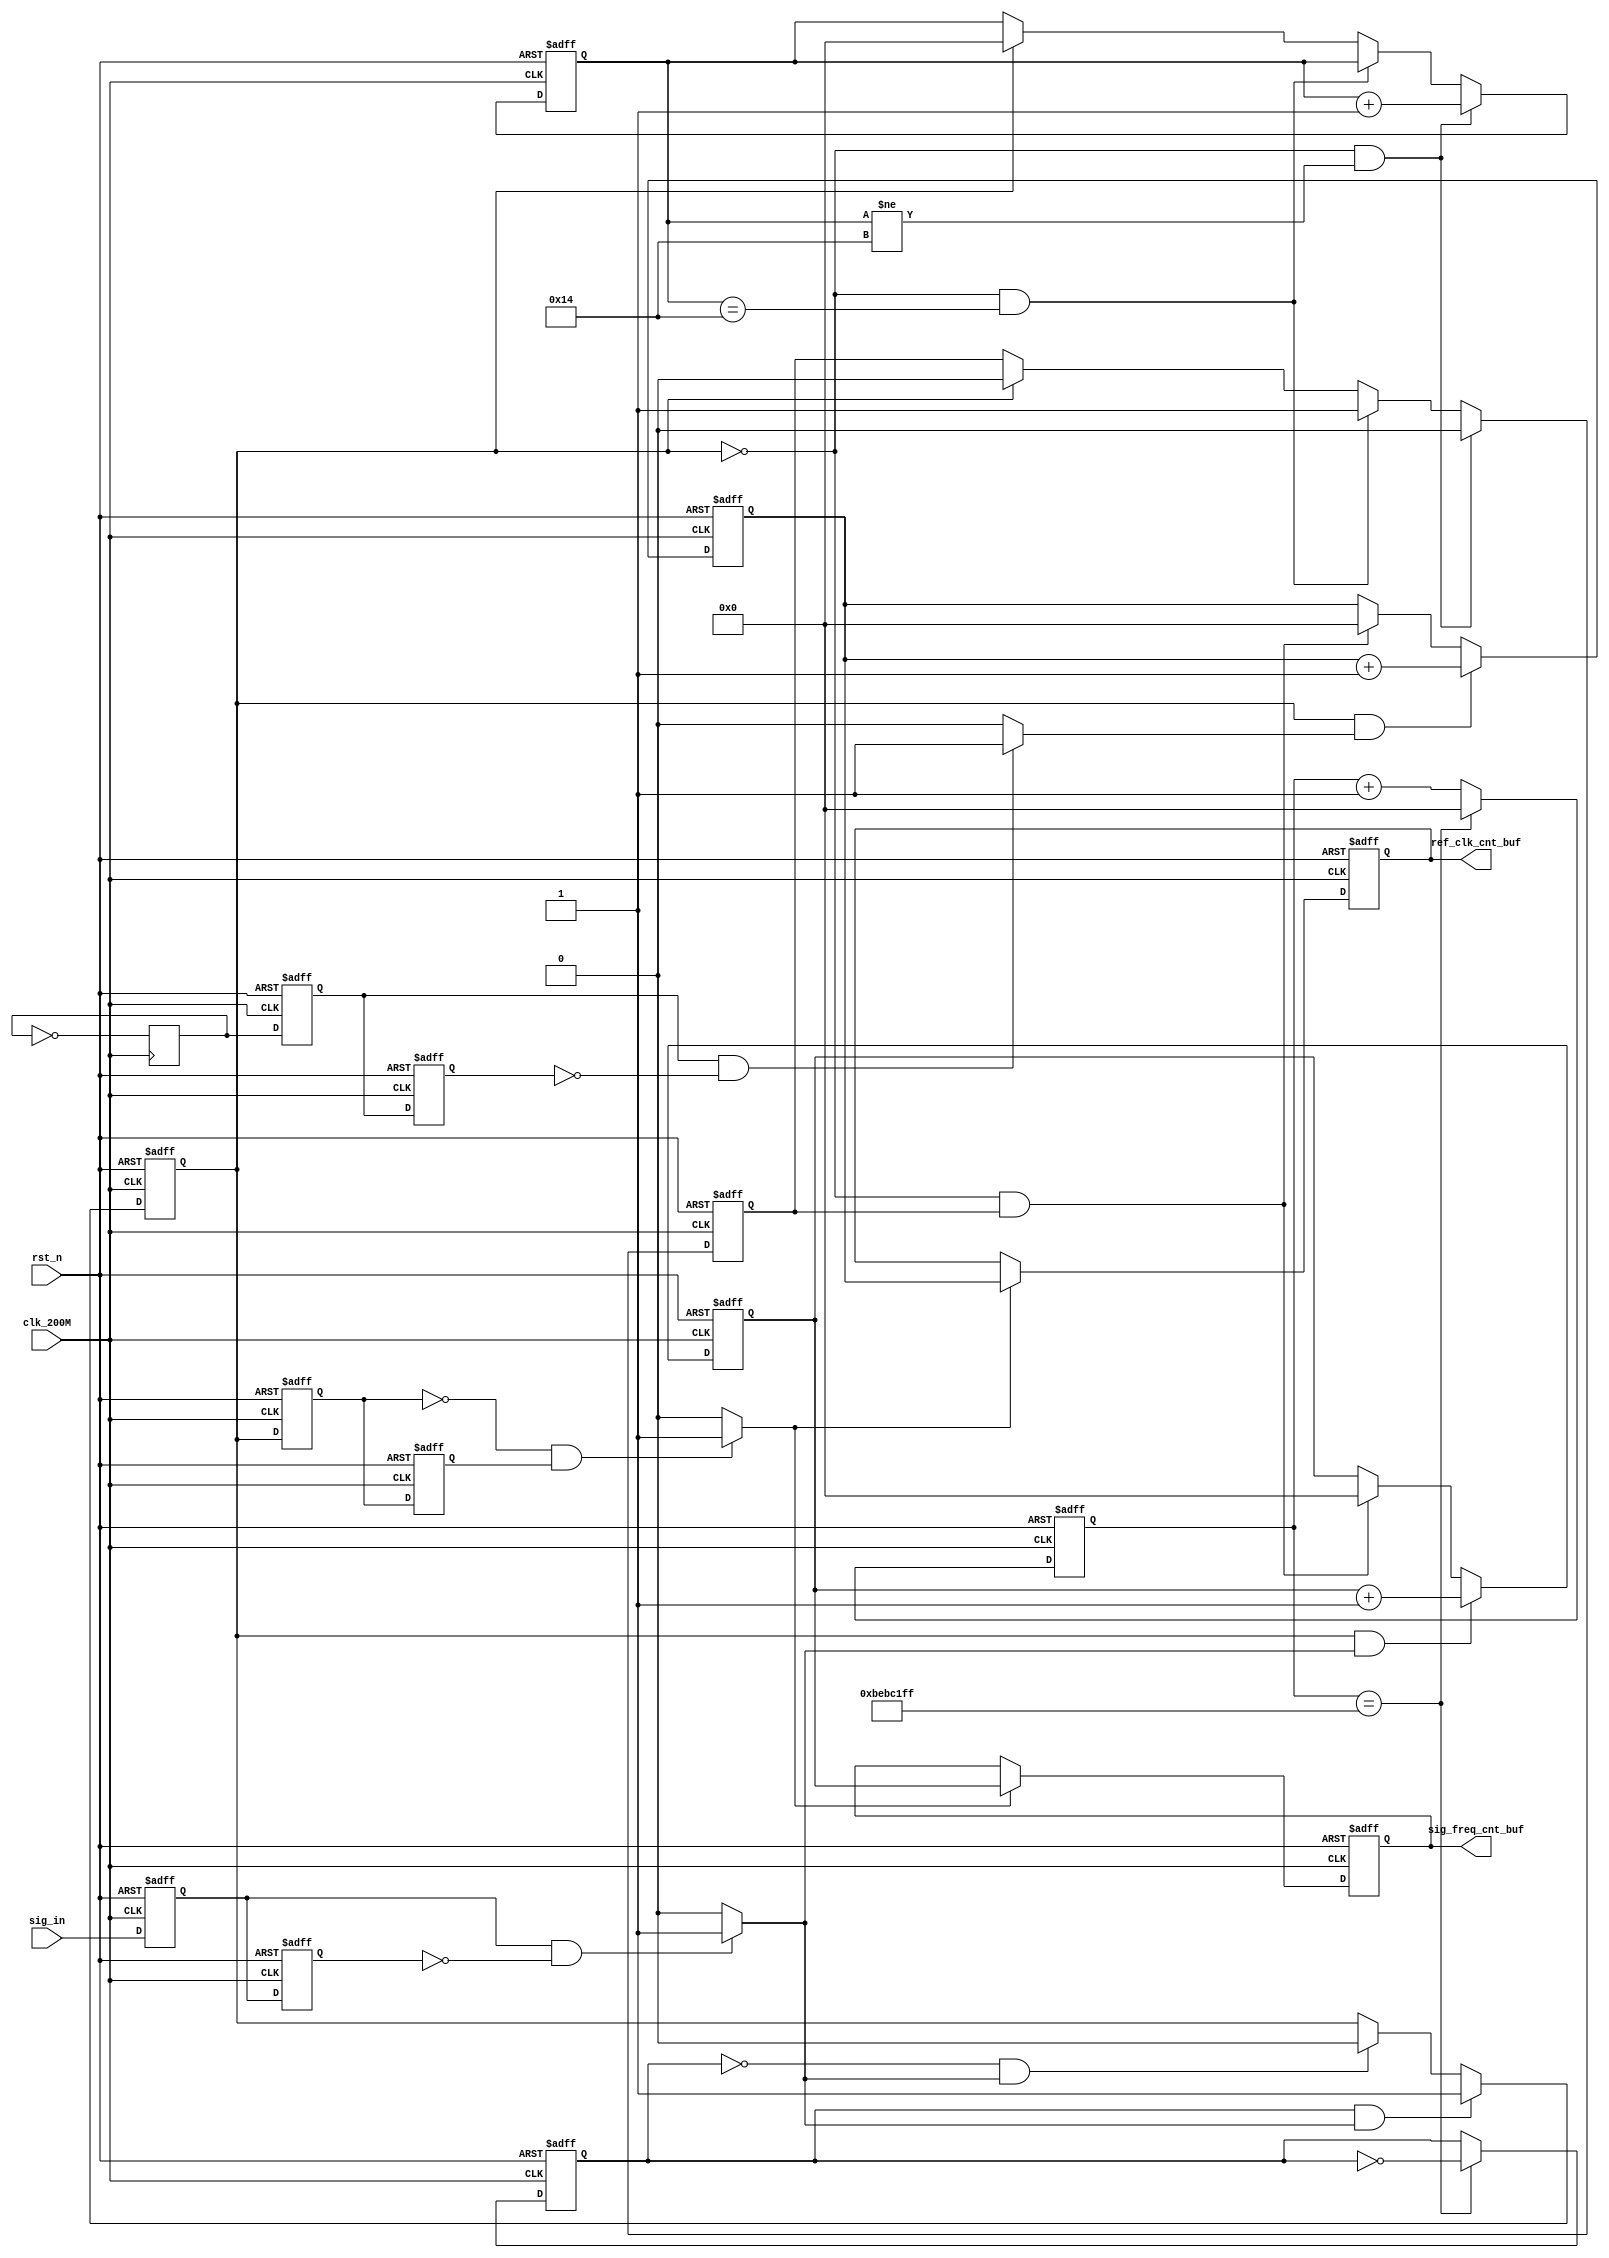
`timescale 1ns / 1ps
//////////////////////////////////////////////////////////////////////////////////
// Company: 
// Engineer: 
// 
// Design Name: 
// Module Name: FREQ_counter
// Project Name: 
// Target Devices: 
// Tool Versions: 
// Description: 
// 
// Dependencies: 
// 
// Revision:
// Revision 0.01 - File Created
// Additional Comments:
// 
//////////////////////////////////////////////////////////////////////////////////


module FREQ_measure(
    input wire clk_200M,          // -- clk_200M = 200MHz
    input wire rst_n,
    input wire sig_in,
    output reg [31:0] sig_freq_cnt_buf,
    output reg [31:0] ref_clk_cnt_buf
    );
    
    parameter max_ref_gate_cnt = 199_999_999;
    parameter max_ref_clk_100MHz_cnt = 0;
    
    reg [31:0] ref_gate_cnt;
    reg [31:0] sig_freq_cnt;
    
    reg sig_in_pos_detect_r0;
    reg sig_in_pos_detect_r1;
    wire sig_in_pos_detect;
    wire sig_in_neg_detect;
    
    reg ref_gate;
    reg ref_gate_pos_detect_r0;
    reg ref_gate_pos_detect_r1;
    wire ref_gate_pos_detect;
    wire ref_gate_neg_detect;
    
    reg real_gate;
    reg real_gate_pos_detect_r0;
    reg real_gate_pos_detect_r1;
    wire real_gate_neg_detect;
    
//    wire clk_200M;
    reg ref_clk_100MHz;
    reg [31:0] ref_clk_100MHz_cnt;
    reg ref_clk_100MHz_pos_detect_r0;
    reg ref_clk_100MHz_pos_detect_r1;
    wire ref_clk_100MHz_pos_detect;
    
    reg [31:0] ref_clk_cnt;
    
    reg buffer_done;
    reg [31:0] buffer_done_cnt;
    
    
    initial begin
        sig_freq_cnt <= 32'd0;
        sig_freq_cnt_buf <= 32'd0;
        
        ref_clk_100MHz <= 1'b0;
        ref_clk_100MHz_cnt <= 32'd0;
        
        ref_clk_cnt <= 32'd0;
        ref_clk_cnt_buf <= 32'd0;
        
        ref_gate <= 1'b0;
        ref_gate_cnt <= 32'd0;
        ref_gate_pos_detect_r0 <= 1'b0;
        ref_gate_pos_detect_r1 <= 1'b0;
        
        real_gate <= 1'b0;
        real_gate_pos_detect_r0 <= 1'b0;
        real_gate_pos_detect_r1 <= 1'b0;
        
        sig_in_pos_detect_r0 <= 1'b0;
        sig_in_pos_detect_r1 <= 1'b0;
        
        buffer_done <= 1'b0;
        buffer_done_cnt <= 32'd0;
    end
    
    // -- ref gate 0.5Hz clock generator
    always @ (posedge clk_200M or negedge rst_n) begin
        if (!rst_n) begin
            ref_gate <= 1'b0;
            ref_gate_cnt <= 32'd0;
        end
        else if (ref_gate_cnt == max_ref_gate_cnt) begin
            ref_gate <= ~ ref_gate;
            ref_gate_cnt <= 32'd0;
        end
        else ref_gate_cnt <= ref_gate_cnt + 1;
    end
    
    // -- ref 100MHz clock generator
//    always @ (posedge clk_200M or negedge rst_n) begin
//        if (!rst_n) begin
//            ref_clk_100MHz <= 1'b0;
//            ref_clk_100MHz_cnt <= 32'd0;
//        end
//        else if (ref_clk_100MHz_cnt == max_ref_clk_100MHz_cnt) begin
//            ref_clk_100MHz <= ~ ref_clk_100MHz;
//            ref_clk_100MHz_cnt <= 32'd0;
//        end
//        else ref_clk_100MHz_cnt <= ref_clk_100MHz_cnt + 1;
//    end

    always @ (posedge clk_200M) ref_clk_100MHz <= ~ ref_clk_100MHz;
    
    // -- sig_in posedge detect
    assign sig_in_pos_detect = (sig_in_pos_detect_r0 && 
                               !sig_in_pos_detect_r1) ? 1'b1: 1'b0;
    assign sig_in_neg_detect = (!sig_in_pos_detect_r0 &&
                                sig_in_pos_detect_r1) ? 1'b1: 1'b0;
    always @ (posedge clk_200M or negedge rst_n) begin
        if (!rst_n) begin
            sig_in_pos_detect_r0 <= 1'b0;
            sig_in_pos_detect_r1 <= 1'b0;
        end
        else begin
            sig_in_pos_detect_r0 <= sig_in;
            sig_in_pos_detect_r1 <= sig_in_pos_detect_r0;
        end
    end
    
    // -- ref 100MHz clock posedge detect
    assign ref_clk_100MHz_pos_detect = (ref_clk_100MHz_pos_detect_r0 &&
                                      !ref_clk_100MHz_pos_detect_r1) ? 1'b1: 1'b0;
    always @ (posedge clk_200M or negedge rst_n) begin
        if (!rst_n) begin
            ref_clk_100MHz_pos_detect_r0 <= 1'b0;
            ref_clk_100MHz_pos_detect_r1 <= 1'b0;
        end
        else begin
            ref_clk_100MHz_pos_detect_r0 <= ref_clk_100MHz;
            ref_clk_100MHz_pos_detect_r1 <= ref_clk_100MHz_pos_detect_r0;
        end
    end
    
    // -- ref gate 0.5Hz clock posedge& negedge detect
    assign ref_gate_pos_detect = (ref_gate_pos_detect_r0 &&
                                        !ref_gate_pos_detect_r1) ? 1'b1: 1'b0;
    assign ref_gate_neg_detect = (!ref_gate_pos_detect_r0 &&
                                        ref_gate_pos_detect_r1) ? 1'b1: 1'b0;                                       
    always @ (posedge clk_200M or negedge rst_n) begin
        if (!rst_n) begin
            ref_gate_pos_detect_r0 <= 1'b0;
            ref_gate_pos_detect_r1 <= 1'b0;
        end
        else begin
            ref_gate_pos_detect_r0 <= ref_gate;
            ref_gate_pos_detect_r1 <= ref_gate_pos_detect_r0;
        end
    end
    
    // -- real gate generator
    always @ (posedge clk_200M or negedge rst_n) begin
        if (!rst_n) begin
            real_gate <= 1'b0;
        end
        else if (ref_gate && sig_in_pos_detect) begin
            real_gate <= 1'b1;
        end
        else if (!ref_gate && sig_in_pos_detect) begin
            real_gate <= 1'b0;
        end
        else real_gate <= real_gate;
    end
    
    // -- real gate posedge& negedge detect
    assign real_gate_neg_detect =  (!real_gate_pos_detect_r0 && 
                                    real_gate_pos_detect_r1) ? 1'b1: 1'b0;
    always @ (posedge clk_200M or negedge rst_n) begin
        if (!rst_n) begin
            real_gate_pos_detect_r0 <= 1'b0;
            real_gate_pos_detect_r1 <= 1'b0;
        end
        else begin
            real_gate_pos_detect_r0 <= real_gate;
            real_gate_pos_detect_r1 <= real_gate_pos_detect_r0;
        end
    end
    
    // -- ref_100MHz clock counter
    always @ (posedge clk_200M or negedge rst_n) begin
        if (!rst_n) begin
            ref_clk_cnt <= 32'd0;
        end
        else if (real_gate && ref_clk_100MHz_pos_detect) begin
            ref_clk_cnt <= ref_clk_cnt + 1;
        end
        else if (!real_gate && buffer_done) begin
            ref_clk_cnt <= 32'd0;
        end
        else ref_clk_cnt <= ref_clk_cnt;
    end
    
    // -- sig_in paulse counter
    always @ (posedge clk_200M or negedge rst_n) begin
        if (!rst_n) begin
            sig_freq_cnt <= 32'd0;
        end
        else if (real_gate && sig_in_pos_detect) begin
            sig_freq_cnt <= sig_freq_cnt + 1;
        end
        else if (!real_gate && buffer_done ) begin
            sig_freq_cnt <= 32'd0;
        end
        else sig_freq_cnt <= sig_freq_cnt;
    end
    
    // -- set synchronizing data flag
    always @ (posedge clk_200M or negedge rst_n) begin
        if (!rst_n) begin
            buffer_done <= 1'b0;
            buffer_done_cnt <= 32'd0;
        end
        else if (!real_gate && buffer_done_cnt != 20) begin
            buffer_done_cnt <= buffer_done_cnt + 1;
            buffer_done <= 1'b0;
        end
        else if (!real_gate && buffer_done_cnt == 20) begin
            buffer_done_cnt <= buffer_done_cnt;
            buffer_done <= 1'b1;
        end
        else if (real_gate) begin
            buffer_done_cnt <= 32'd0;
            buffer_done <= 1'b0;
        end
        else begin
            buffer_done <= buffer_done;
            buffer_done_cnt <= buffer_done_cnt;
        end
    end
    
    // -- synchronize data
    always @ (posedge clk_200M or negedge rst_n) begin
        if (!rst_n) begin
            sig_freq_cnt_buf <= 32'd0;
            ref_clk_cnt_buf <= 32'd0;
        end
        else if (real_gate_neg_detect) begin
            sig_freq_cnt_buf <= sig_freq_cnt;
            ref_clk_cnt_buf <= ref_clk_cnt;
        end
        else begin
            sig_freq_cnt_buf <= sig_freq_cnt_buf;
            ref_clk_cnt_buf <= ref_clk_cnt_buf;
        end
    end
    
endmodule